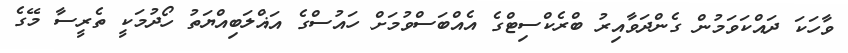
ވާހަކަ ދައްކަވަމުން ގެންދަވާއިރު ބްރެކްސިޓްގެ އެއްބަސްވުމަށް ހައުސްގެ އަޣްލަބިއްޔަތު ހޯދުމަކީ ތެރީސާ މޭގެ